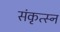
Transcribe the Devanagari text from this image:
संकृत्स्न